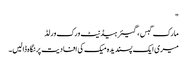
"
مارک گبس ، گیئر ہیڈنیٹ ورک ورلڈ
میری ایک پسندیدہ میک کی افادیت پر نگاہ ڈالیں۔